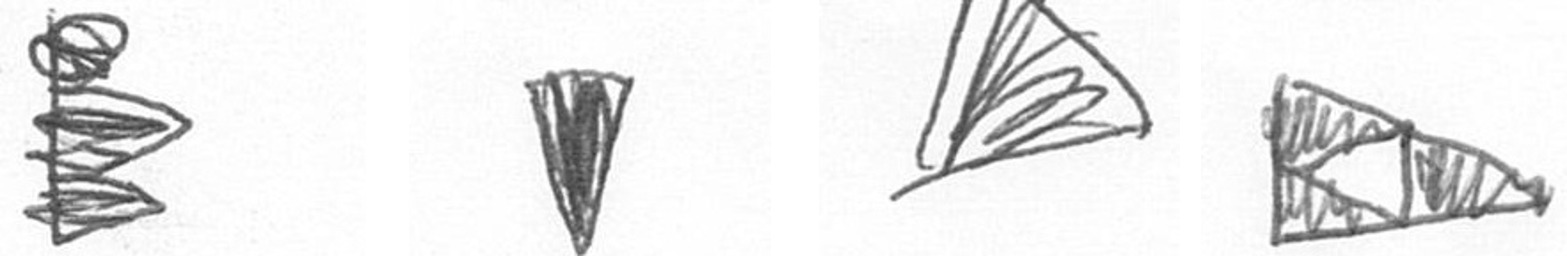
H J O K